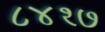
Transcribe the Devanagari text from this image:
८४१७